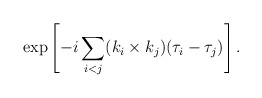
\begin{align*}\exp \left[- i \sum_{i<j} (k_i \times k_j) (\tau_{i} - \tau_{j}) \right].\end{align*}